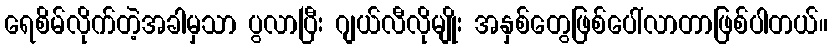
ရေစိမ်လိုက်တဲ့အခါမှသာ ပွလာပြီး ဂျယ်လီလိုမျိုး အနှစ်တွေဖြစ်ပေါ်လာတာဖြစ်ပါတယ်။